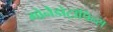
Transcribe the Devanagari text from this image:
गोनैडोट्रॉपिन्स